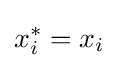
x_{i}^{*}=x_{i}